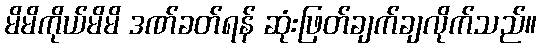
မိမိကိုယ်မိမိ ဒဏ်ခတ်ရန် ဆုံးဖြတ်ချက်ချလိုက်သည်။